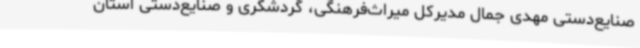
صنایع‌دستی مهدی جمال مدیرکل میراث‌فرهنگی، گردشگری و صنایع‌دستی استان